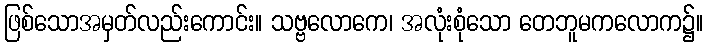
ဖြစ်သောအမှတ်လည်းကောင်း။ သဗ္ဗလောကေ၊ အလုံးစုံသော တေဘူမကလောက၌။